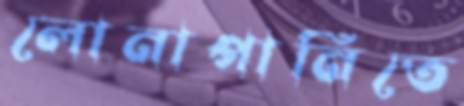
লোনাপানিতে